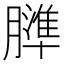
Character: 𦡤